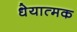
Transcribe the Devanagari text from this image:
धेयात्मक